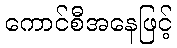
ကောင်စီအနေဖြင့်